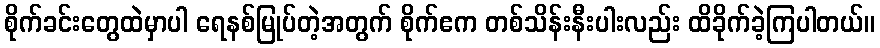
စိုက်ခင်းတွေထဲမှာပါ ရေနစ်မြုပ်တဲ့အတွက် စိုက်ဧက တစ်သိန်းနီးပါးလည်း ထိခိုက်ခဲ့ကြပါတယ်။